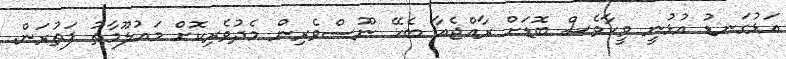
އަޅުގަނޑު އުޅުނީ ވީހާވެސް ބޮޑަށް ރާއްޖެއާ ބެހޭ ނޫސްވެރިން މެދުވެރިކޮށް މައުލޫމާތު ފަތުރަން.